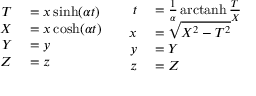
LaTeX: \begin{array} { c c } { { \begin{array} { r l } { T } & { { } = x \sinh ( \alpha t ) } \\ { X } & { { } = x \cosh ( \alpha t ) } \\ { Y } & { { } = y } \\ { Z } & { { } = z } \end{array} } } & { { \begin{array} { r l } { t } & { { } = { \frac { 1 } { \alpha } } \operatorname { a r c t a n h } { \frac { T } { X } } } \\ { x } & { { } = { \sqrt { X ^ { 2 } - T ^ { 2 } } } } \\ { y } & { { } = Y } \\ { z } & { { } = Z } \end{array} } } \end{array}